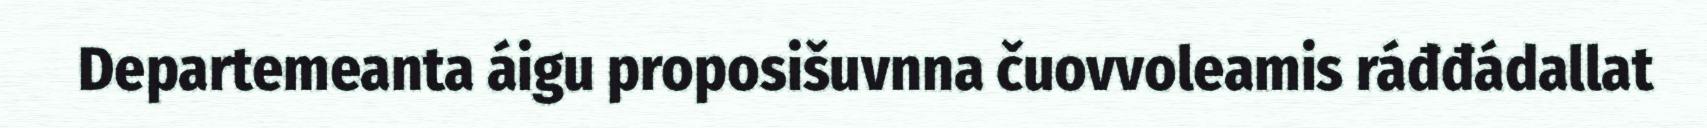
Departemeanta áigu proposišuvnna čuovvoleamis ráđđádallat